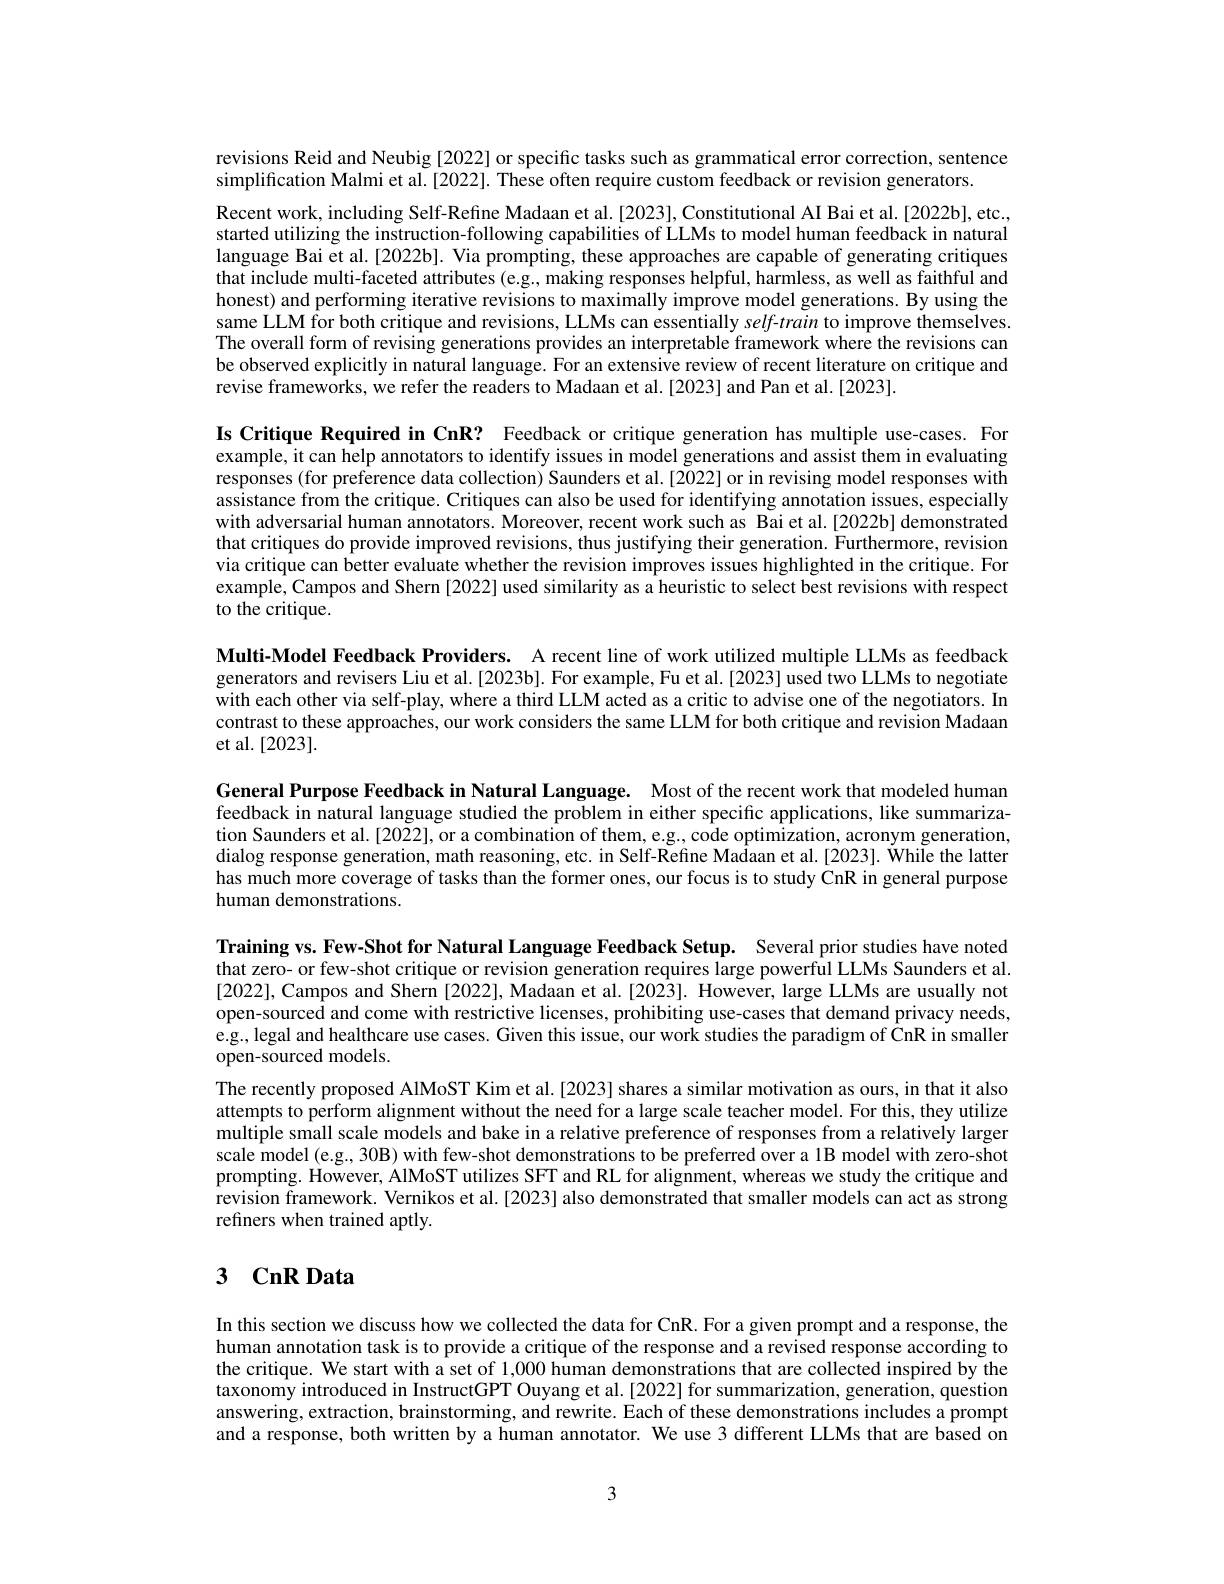
revisions Reid and Neubig [2022] or specific tasks such as grammatical error correction, sentence
simplification Malmi et al.[2022]. These often require custom feedback or revision generators.

Recent work, including Self-Refine Madaan et al.[2023], Constitutional AI Bai et al.[2022b], etc., started utilizing the instruction-following capabilities of LLMs to model human feedback in natural language Bai et al.[2022b]. Via prompting, these approaches are capable of generating critiques that include multi-faceted attributes (e.g., making responses helpful, harmless, as well as faithful and honest) and performing iterative revisions to maximally improve model generations. By using the same LLM for both critique and revisions, LLMs can essentially $self-train$ to improve themselves The overall form of revising generations provides an interpretable framework where the revisions can be observed explicitly in natural language. For an extensive review of recent literature on critique and revise frameworks, we refer the readers to Madaan et al.[2023] and Pan et al.[2023].

Is Critique Required in CnR? Feedback or critique generation has multiple use-cases. For example, it can help annotators to identify issues in model generations and assist them in evaluating responses (for preference data collection) Saunders et al.[2022] or in revising model responses with assistance from the critique. Critiques can also be used for identifying annotation issues, especially with adversarial human annotators. Moreover, recent work such as Bai et al.[2022b] demonstrated that critiques do provide improved revisions, thus justifying their generation. Furthermore, revision via critique can better evaluate whether the revision improves issues highlighted in the critique. For example, Campos and Shern [2022] used similarity as a heuristic to select best revisions with respect to the critique.

Multi-Model Feedback Providers. A recent line of work utilized multiple LLMs as feedback generators and revisers Liu et al.[2023b]. For example, Fu et al.[2023] used two LLMs to negotiate with each other via self-play, where a third LLM acted as a critic to advise one of the negotiators. In contrast to these approaches, our work considers the same LLM for both critique and revision Madaan et al.[2023].

General Purpose Feedback in Natural Language. Most of the recent work that modeled human feedback in natural language studied the problem in either specific applications, like summarization Saunders et al.[2022], or a combination of them, e.g., code optimization, acronym generation, dialog response generation, math reasoning, etc. in Self-Refine Madaan et al.[2023]. While the latter has much more coverage of tasks than the former ones, our focus is to study CnR in general purpose human demonstrations.

Training vs. Few-Shot for Natural Language Feedback Setup. Several prior studies have noted that zero- or few-shot critique or revision generation requires large powerful LLMs Saunders et al. [2022], Campos and Shern [2022], Madaan et al.[2023]. However, large LLMs are usually not open-sourced and come with restrictive licenses, prohibiting use-cases that demand privacy needs, e.g., legal and healthcare use cases. Given this issue, our work studies the paradigm of CnR in smaller open-sourced models.
The recently proposed AlMoST Kim et al.[2023] shares a similar motivation as ours, in that it also attempts to perform alignment without the need for a large scale teacher model. For this, they utilize multiple small scale models and bake in a relative preference of responses from a relatively larger scale model (e.g., 30B) with few-shot demonstrations to be preferred over a 1B model with zero-shot prompting. However, AlMoST utilizes SFT and RL for alignment, whereas we study the critique and revision framework. Vernikos et al.[2023] also demonstrated that smaller models can act as strong refiners when trained aptly.

## 3 $\mathbf{CnRData}$

In this section we discuss how we collected the data for CnR. For a given prompt and a response, the human annotation task is to provide a critique of the response and a revised response according to the critique. We start with a set of 1,000 human demonstrations that are collected inspired by the $\hat{\text{taxonomy introduced in InstructGPT Ouyang et al.[2022] for summarization, generation, question}}$ answering, extraction, brainstorming, and rewrite. Each of these demonstrations includes a prompt and a response, both written by a human annotator. We use 3 different LLMs that are based on

3